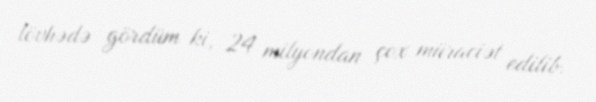
lövhədə gördüm ki, 24 milyondan çox müraciət edilib.